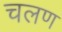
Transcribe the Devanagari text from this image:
चलण